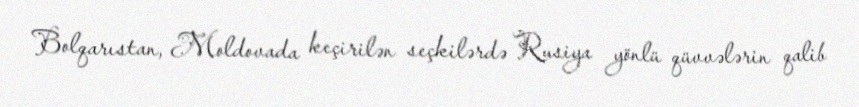
Bolqarıstan, Moldovada keçirilən seçkilərdə Rusiya yönlü qüvvələrin qalib